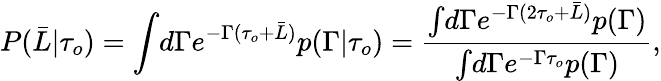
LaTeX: P(\bar{L}\vert\tau_{o})=\int\! d\Gamma e^{-\Gamma(\tau_{o}+\bar{L})}p(\Gamma\vert\tau_{o})=\frac{\int\! d\Gamma e^{-\Gamma(2\tau_{o}+\bar{L})}p(\Gamma)}{\int\! d\Gamma e^{-\Gamma\tau_{o}}p(\Gamma)},